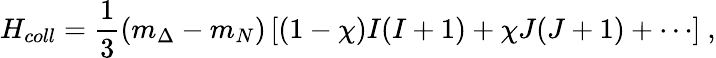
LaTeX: H_{coll}=\frac{1}{3}(m_{\Delta}-m_{N})\left[(1-\chi)I(I+1)+\chi J(J+1)+\cdots\right]\ ,